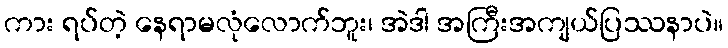
ကား ရပ်တဲ့ နေရာမလုံလောက်ဘူး၊ အဲဒါ အကြီးအကျယ်ပြဿနာပဲ။